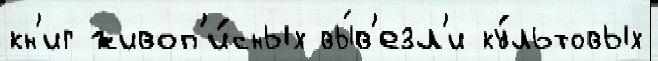
кн'иг живоп'и́сных вы́в'езл'и ку́льтовых